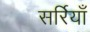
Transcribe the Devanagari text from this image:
सर्रियाँ